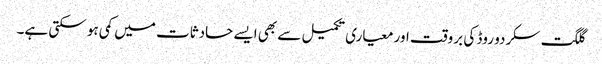
گلگت سکردو روڈ کی بروقت اور معیاری تکمیل سے بھی ایسے حادثات میں کمی ہو سکتی ہے۔